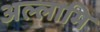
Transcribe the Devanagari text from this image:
अल्लामि